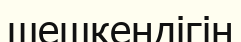
шешкендігін